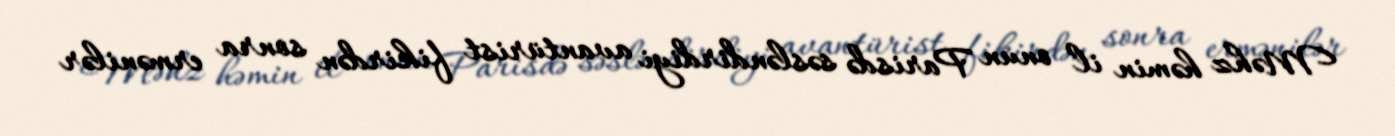
Məhz həmin il onun Parisdə səsləndirdiyi avantürist fikirdən sonra ermənilər